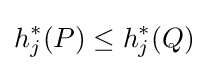
h_{j}^{*}(P)\leq h_{j}^{*}(Q)